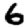
Digit: 6